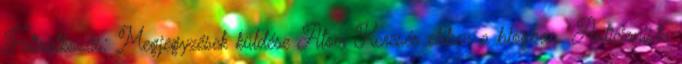
Feliratkozás: Megjegyzések küldése Atom Keresés ebben a blogban "Anticionista